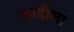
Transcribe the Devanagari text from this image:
फांदीला